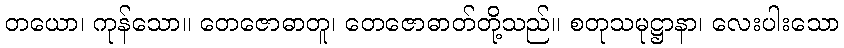
တယော၊ ကုန်သော။ တေဇောဓာတူ၊ တေဇောဓာတ်တို့သည်။ စတုသမုဋ္ဌာနာ၊ လေးပါးသော